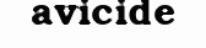
avicide